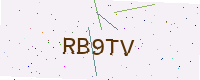
Text: RB9TV